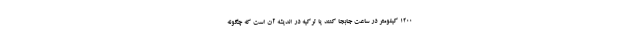
1200 کیلومتر در ساعت جابجا کنند یا ترکیه در اندیشه آن است که چگونه